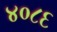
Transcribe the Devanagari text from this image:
४०८६